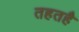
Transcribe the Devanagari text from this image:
तहतहै